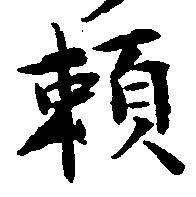
頼